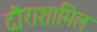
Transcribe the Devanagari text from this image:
दौराशामिल